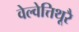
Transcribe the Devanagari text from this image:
वेल्वेत्तिथूरै